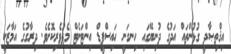
އިޤްތިޞާދީ ގުޅުންތައް އަދުގެ ދުނިޔޭގައި ހިނގަނީ ހައިސްޕީޑް އިންޓަނެޓް މެދުވެރިކޮށެވެ. ދިރާގުގެ އަމާޒަކީ